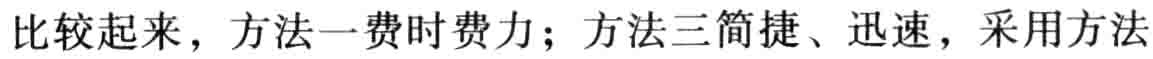
比较起来，方法一费时费力；方法三简捷、迅速，采用方法